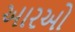
આરઓ